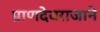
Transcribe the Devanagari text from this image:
प्राणदेवराजाने